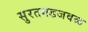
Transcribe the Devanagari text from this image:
सुरतगडजवळ